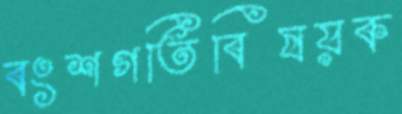
বংশগতিবিষয়ক